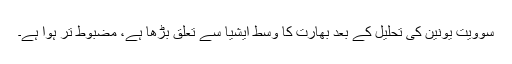
سوویت یونین کی تحلیل کے بعد بھارت کا وسط ایشیا سے تعلق بڑھا ہے، مضبوط تر ہوا ہے۔